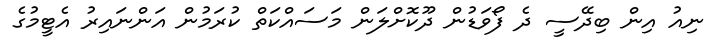
ނިއު އިން ބިދޭސީ ދެ ފޯވަޑުން ދޫކޮށްލަން މަސައްކަތް ކުރަމުން އަންނައިރު އެޓީމުގެ